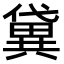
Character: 𫣭